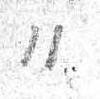
11